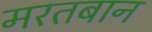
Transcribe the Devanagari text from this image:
मरतबान